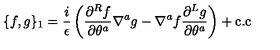
\{ f , g \} _ { 1 } = \frac { i } { \epsilon } \left( \frac { \partial ^ { R } f } { \partial \theta ^ { a } } \nabla ^ { a } g - \nabla ^ { a } f \frac { \partial ^ { L } g } { \partial \theta ^ { a } } \right) + \mathrm { c . c }